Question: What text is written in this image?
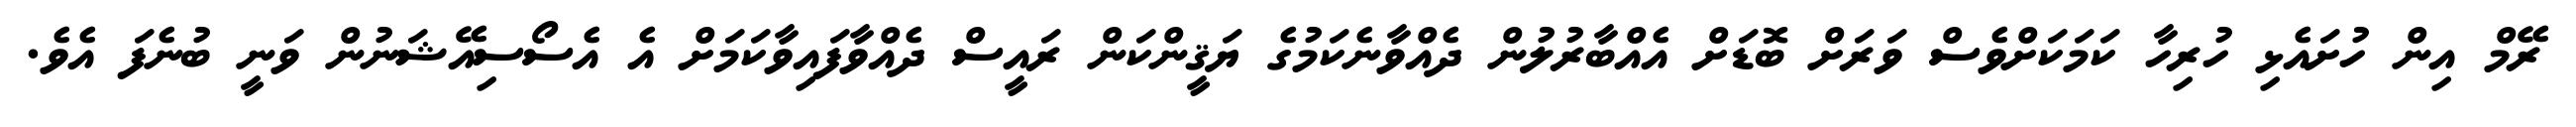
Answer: ރޭމް އިން ހުށައެޅި ހުރިހާ ކަމަކަށްވެސް ވަރަށް ބޮޑަށް އެއްބާރުލުން ދެއްވާނެކަމުގެ ޔަޤީންކަން ރައީސް ދެއްވާފައިވާކަމަށް އެ އެސޯސިއޭޝަނުން ވަނީ ބުނެފަ އެވެ.